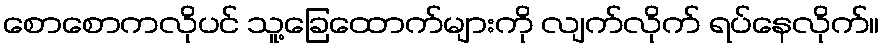
စောစောကလိုပင် သူ့ခြေထောက်များကို လျက်လိုက် ရပ်နေလိုက်။